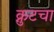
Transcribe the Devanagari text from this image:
क्नुटचा